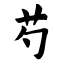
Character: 芍